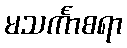
မသင်္ကာစရာ